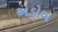
એડોબ